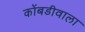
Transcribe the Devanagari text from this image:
कोंबडीवाला